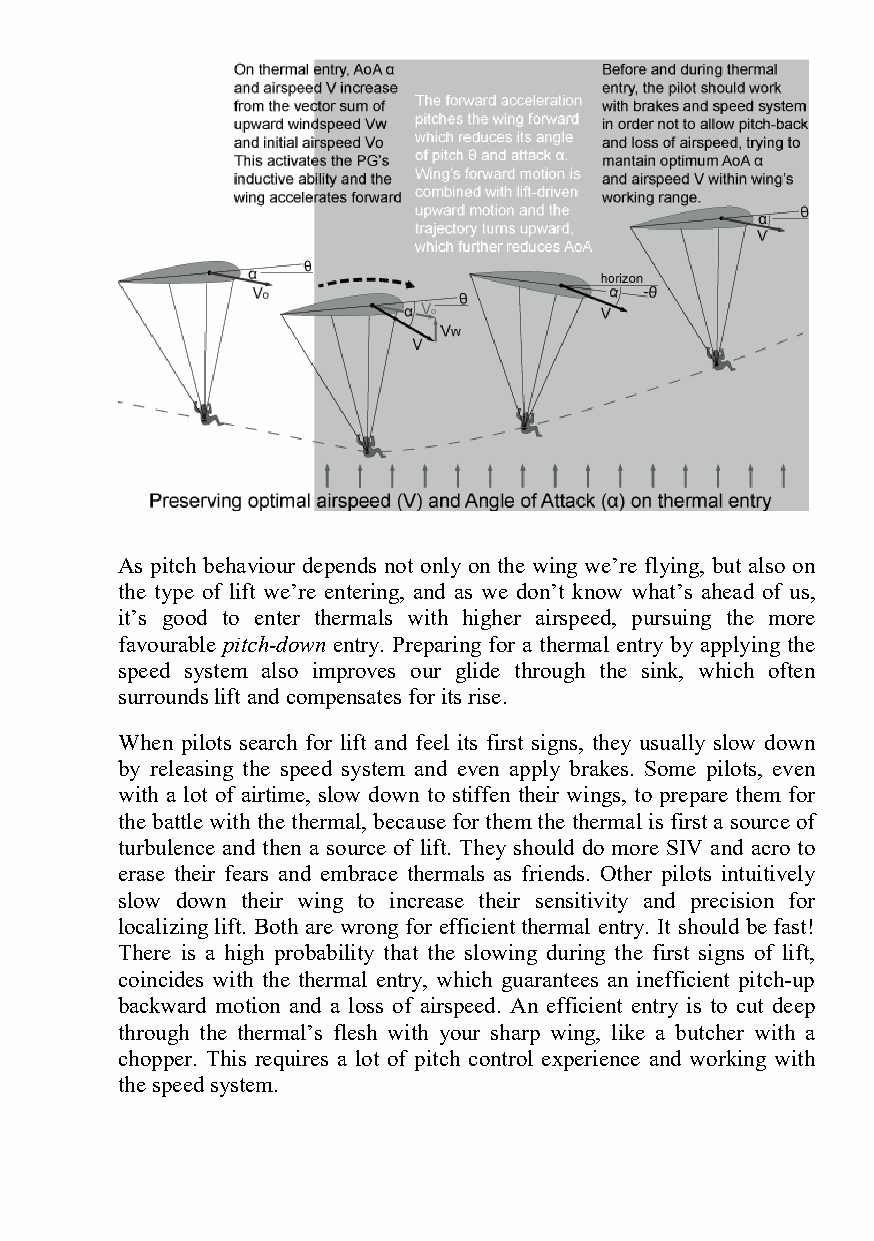
As pitch behaviour depends not only on the wing we’re flying, but also on
 the type of lift we’re entering, and as we don’t know what’s ahead of us,
 it’s good to enter thermals with higher airspeed, pursuing the more
 favourable pitch-down entry. Preparing for a thermal entry by applying the
 speed system also improves our glide through the sink, which often
 surrounds lift and compensates for its rise.
 When pilots search for lift and feel its first signs, they usually slow down
 by releasing the speed system and even apply brakes. Some pilots, even
 with a lot of airtime, slow down to stiffen their wings, to prepare them for
 the battle with the thermal, because for them the thermal is first a source of
 turbulence and then a source of lift. They should do more SIV and acro to
 erase their fears and embrace thermals as friends. Other pilots intuitively
 slow down their wing to increase their sensitivity and precision for
 localizing lift. Both are wrong for efficient thermal entry. It should be fast!
 There is a high probability that the slowing during the first signs of lift,
 coincides with the thermal entry, which guarantees an inefficient pitch-up
 backward motion and a loss of airspeed. An efficient entry is to cut deep
 through the thermal’s flesh with your sharp wing, like a butcher with a
 chopper. This requires a lot of pitch control experience and working with
 the speed system.